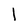
Character: l